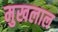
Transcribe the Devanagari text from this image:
मुखलाल